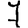
Digit: 7